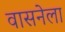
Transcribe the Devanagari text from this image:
वासनेला